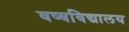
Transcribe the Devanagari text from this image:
वष्वविद्यालय